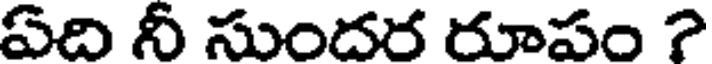
ఏది నీ సుందర రూపం ?